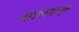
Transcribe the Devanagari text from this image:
मतदारसंघावरून